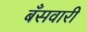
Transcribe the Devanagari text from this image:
बँसवारी